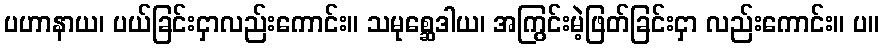
ပဟာနာယ၊ ပယ်ခြင်းငှာလည်းကောင်း။ သမုစ္ဆေဒါယ၊ အကြွင်းမဲ့ဖြတ်ခြင်းငှာ လည်းကောင်း။ ပ။